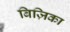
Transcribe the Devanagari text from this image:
बिज़िका